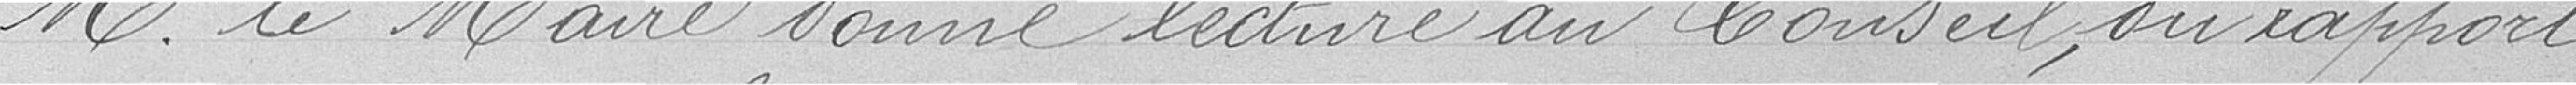
Monsieur le Maire donne lecture au Conseil du rapport